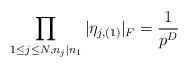
LaTeX: \begin{align*}\prod_{1\leq j\leq N,n_j\mid n_1} \vert \eta_{j,(1)}\vert_F=\frac{1}{p^{D}}\end{align*}